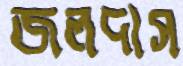
জলদাস